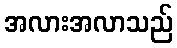
အလားအလာသည်